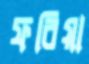
ফরিয়া